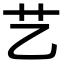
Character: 艺